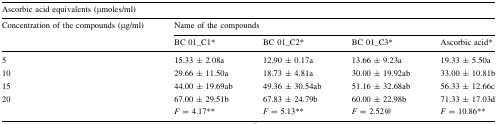
<table><thead><tr><td colspan="5"><b>Ascorbic acid equivalents (μmoles/ml)</b></td></tr><tr><td rowspan="2"><b>Concentration of the compounds (μg/ml)</b></td><td colspan="4"><b>Name of the compounds</b></td></tr><tr><td><b>BC 01_C1*</b></td><td><b>BC 01_C2*</b></td><td><b>BC 01_C3*</b></td><td><b>Ascorbic acid*</b></td></tr></thead><tbody><tr><td>5</td><td>15.33 ± 2.08a</td><td>12.90 ± 0.17a</td><td>13.66 ± 9.23a</td><td>19.33 ± 5.50a</td></tr><tr><td>10</td><td>29.66 ± 11.50a</td><td>18.73 ± 4.81a</td><td>30.00 ± 19.92ab</td><td>33.00 ± 10.81b</td></tr><tr><td>15</td><td>44.00 ± 19.69ab</td><td>49.36 ± 30.54ab</td><td>51.16 ± 32.68ab</td><td>56.33 ± 12.66c</td></tr><tr><td>20</td><td>67.00 ± 29.51b</td><td>67.83 ± 24.79b</td><td>60.00 ± 22.98b</td><td>71.33 ± 17.03d</td></tr><tr><td></td><td><i>F</i> = 4.17**</td><td><i>F</i> = 5.13**</td><td><i>F</i> = 2.52@</td><td><i>F</i> = 10.86**</td></tr></tbody></table>